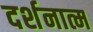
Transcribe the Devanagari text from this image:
दर्शनात्म